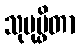
သုပုပ္ဖိတာ